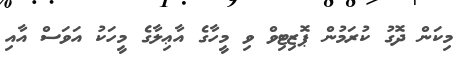
މިކަން ދޮގު ކުރަމުން ޕޮޒިޓިވް ވި މީހާގެ އާޢިލާގެ މީހަކު އަވަސް އާއި